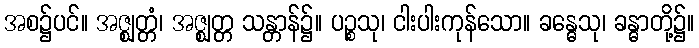
အစ၌ပင်။ အဇ္ဈတ္တံ၊ အဇ္ဈတ္တ သန္တာန်၌။ ပဉ္စသု၊ ငါးပါးကုန်သော။ ခန္ဓေသု၊ ခန္ဓာတို့၌။